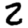
Digit: 2